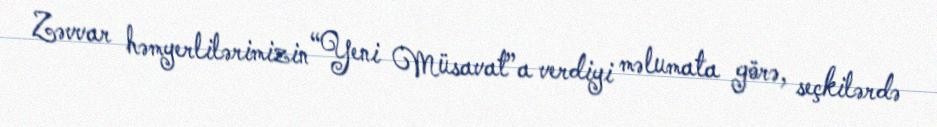
Zəvvar həmyerlilərimizin “Yeni Müsavat”a verdiyi məlumata görə, seçkilərdə